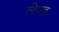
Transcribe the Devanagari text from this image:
लेण्ड